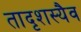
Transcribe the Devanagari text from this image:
तादृशस्यैव